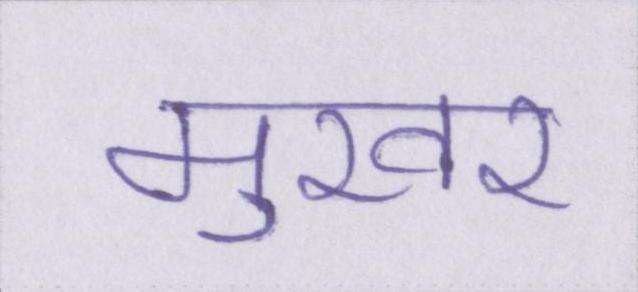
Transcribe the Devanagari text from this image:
मुखर